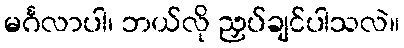
မင်္ဂလာပါ၊ ဘယ်လို ညှပ်ချင်ပါသလဲ။